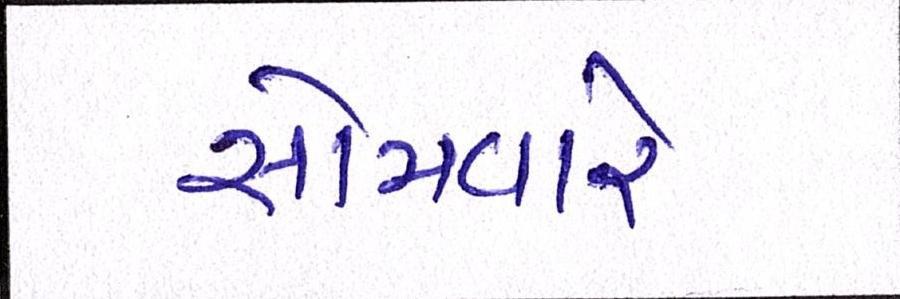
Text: સોમવારે